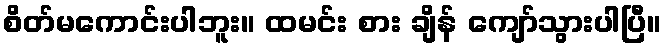
စိတ်မကောင်းပါဘူး။ ထမင်း စား ချိန် ကျော်သွားပါပြီ။